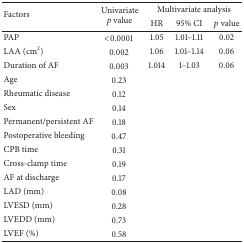
<table><thead><tr><td rowspan="2"><b>Factors</b></td><td rowspan="2"><b>Univariate<i>p</i> value</b></td><td colspan="3"><b>Multivariate analysis</b></td></tr><tr><td><b>HR</b></td><td><b>95% CI</b></td><td><b><i>p</i> value</b></td></tr></thead><tbody><tr><td>PAP</td><td>&lt;0.0001</td><td>1.05</td><td>1.01–1.11</td><td>0.02</td></tr><tr><td>LAA (cm<sup>2</sup>)</td><td>0.002</td><td>1.06</td><td>1.01–1.14</td><td>0.06</td></tr><tr><td>Duration of AF </td><td>0.003</td><td>1.014</td><td>1–1.03</td><td>0.06</td></tr><tr><td>Age</td><td>0.23</td><td> </td><td> </td><td> </td></tr><tr><td>Rheumatic disease</td><td>0.12</td><td> </td><td> </td><td> </td></tr><tr><td>Sex</td><td>0.14</td><td> </td><td> </td><td> </td></tr><tr><td>Permanent/persistent AF</td><td>0.18</td><td> </td><td> </td><td> </td></tr><tr><td>Postoperative bleeding</td><td>0.47</td><td> </td><td> </td><td> </td></tr><tr><td>CPB time</td><td>0.31</td><td> </td><td> </td><td> </td></tr><tr><td>Cross-clamp time</td><td>0.19</td><td> </td><td> </td><td> </td></tr><tr><td>AF at discharge</td><td>0.17</td><td> </td><td> </td><td> </td></tr><tr><td>LAD (mm)</td><td>0.08</td><td> </td><td> </td><td> </td></tr><tr><td>LVESD (mm)</td><td>0.28</td><td> </td><td> </td><td> </td></tr><tr><td>LVEDD (mm)</td><td>0.73</td><td> </td><td> </td><td> </td></tr><tr><td>LVEF (%)</td><td>0.58</td><td> </td><td> </td><td> </td></tr></tbody></table>